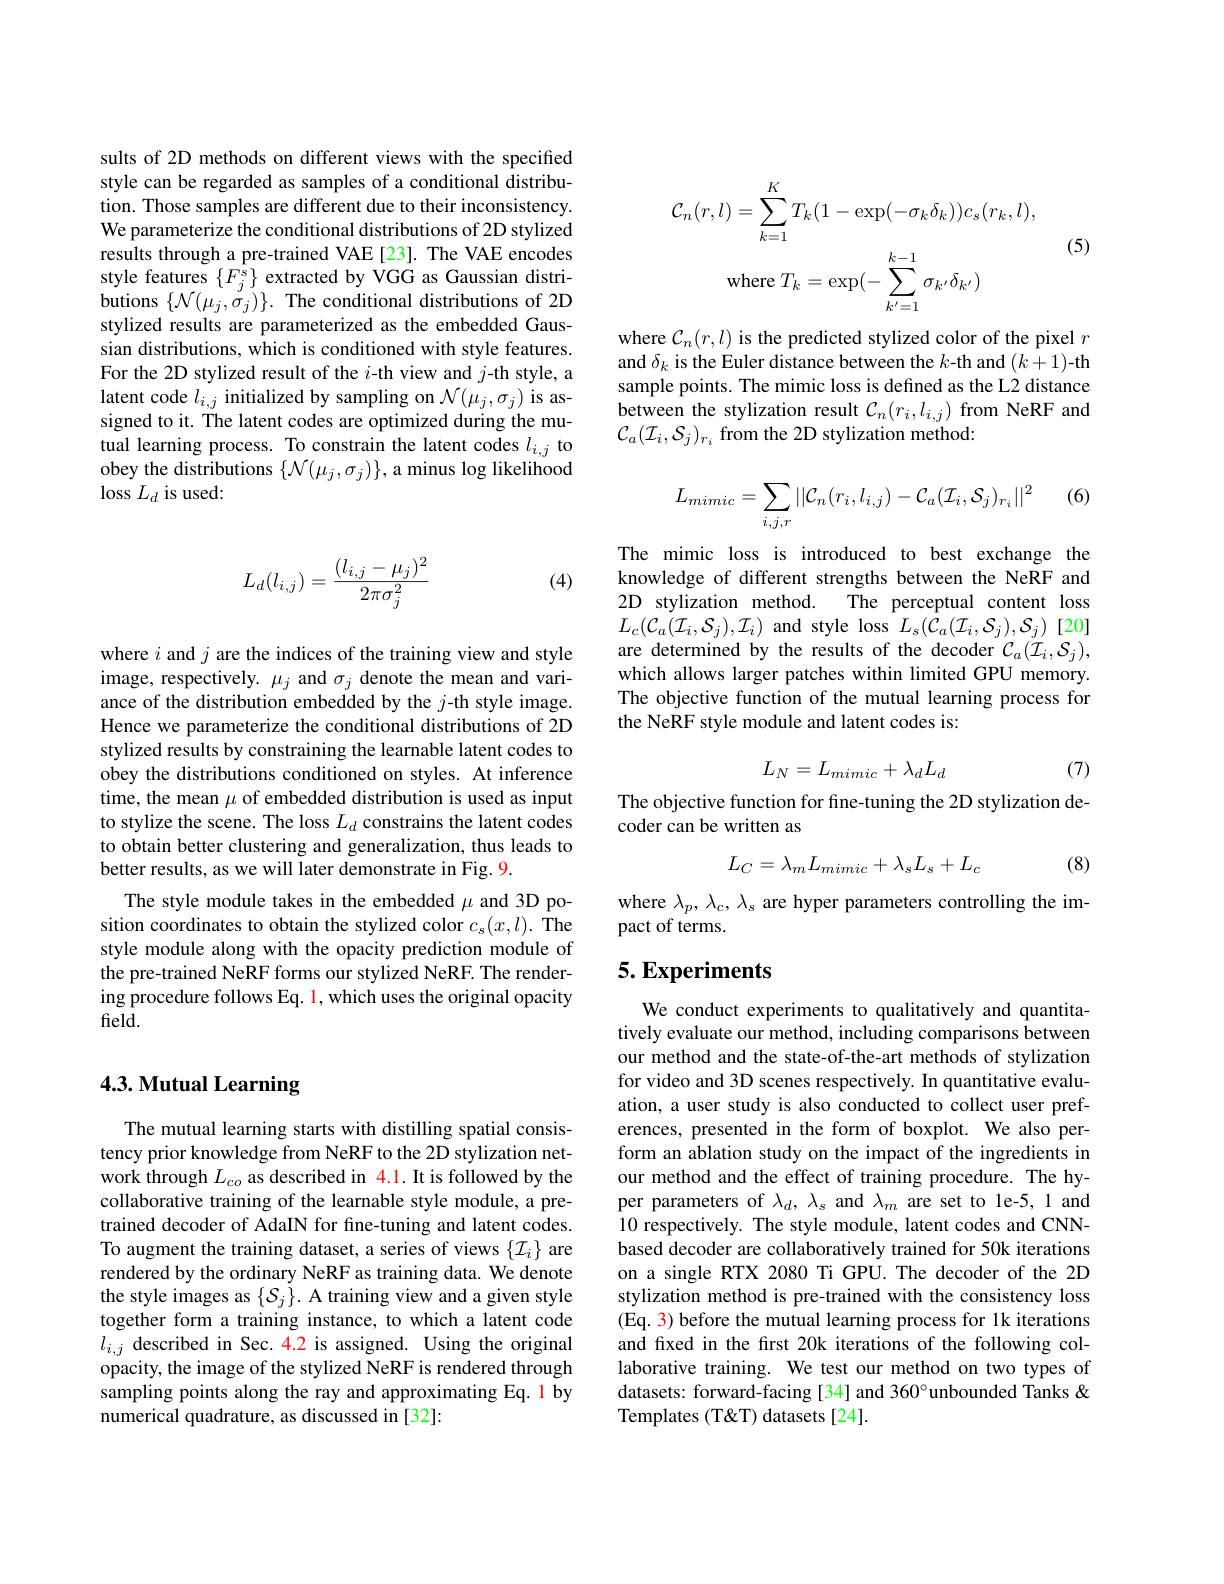
sults of 2D methods on different views with the specified style can be regarded as samples of a conditional distribution. Those samples are different due to their inconsistency. We parameterize the conditional distributions of 2D stylized results through a pre-trained VAE [23]. The VAE encodes style features $\{F_{j}^{s}\}$ extracted by VGG as Gaussian distributions $\{\mathcal{N}(\mu_{j},\dot{\sigma}_{j})\}.$ The conditional distributions of 2D stylized results are parameterized as the embedded Gaussian distributions, which is conditioned with style features. $\begin{array}{l}{\mathrm{For~the~2D~stylized~result~of~the~}i\text{-th view and }j\text{-th style, a}}\\{\mathrm{latent~code~}l_{i,j}\text{ initialized by sampling on}}{\mathcal{N}(\mu_{j},\sigma_{j})\text{ is as-}}\end{array}$ signed to it. The latent codes are optimized during the mutual learning process. To constrain the latent codes $l_i,j$ to obey the distributions $\{\mathcal{N}(\mu_j,\sigma_j)\}$, a minus log likelihood $\operatorname{loss}L_d$ is used:
$$L_d(l_{i,j})=\frac{(l_{i,j}-\mu_j)^2}{2\pi\sigma_j^2}$$
(4)

where $i$ and $j$ are the indices of the training view and style image, respectively. $\mu_j$ and $\sigma_j$ denote the mean and variance of the distribution embedded by the $j$-th style image. Hence we parameterize the conditional distributions of 2D stylized results by constraining the learnable latent codes to obey the distributions conditioned on styles. At inference time, the mean $\mu$ of embedded distribution is used as input to stylize the scene. The loss $L_d$ constrains the latent codes to obtain better clustering and generalization, thus leads to better results, as we will later demonstrate in Fig. 9.
The style module takes in the embedded $\mu$ and 3D position coordinates to obtain the stylized color $c_s(x,l).$ The style module along with the opacity prediction module of the pre-trained NeRF forms our stylized NeRF. The rendering procedure follows Eq. 1, which uses the original opacity field.

## 4.3. Mutual Learning

The mutual learning starts with distilling spatial consistency prior knowledge from NeRF to the 2D stylization network through $L_co$ as described in 4.1. It is followed by the collaborative training of the learnable style module, a pretrained decoder of AdaIN for fine-tuning and latent codes. To augment the training dataset, a series of views $\{\mathcal{I}_i\}$ are rendered by the ordinary NeRF as training data. We denote the style images as $\{\mathcal{S}_j\}.$ A training view and a given style together form a training instance, to which a latent code $l_{i,j}$ described in Sec. 4.2 is assigned. Using the original opacity, the image of the stylized NeRF is rendered through sampling points along the ray and approximating Eq. 1 by numerical quadrature, as discussed in [32]:

(5)
$$\mathcal{C}_{n}(r,l)=\sum_{k=1}^{K}T_{k}(1-\exp(-\sigma_{k}\delta_{k}))c_{s}(r_{k},l),\\\mathrm{where}\:T_{k}=\exp(-\sum_{k^{\prime}=1}^{k-1}\sigma_{k^{\prime}}\delta_{k^{\prime}})$$
where $\mathcal{C}_n(r,l)$ is the predicted stylized color of the pixel $r$ and $\delta_k$ is the Euler distance between the $k$-th and $(k+1)$-th sample points. The mimic loss is defined as the L2 distance between the stylization result $\mathcal{C}_n(r_i,l_{i,j})$ from NeRF and $\mathcal{C}_a(\mathcal{I}_i,\mathcal{S}_j)_{r_i}$ from the 2D stylization method:

(6)
$$\begin{aligned}L_{mimic}=\sum_{i,j,r}||\mathcal{C}_{n}(r_{i},l_{i,j})-\mathcal{C}_{a}(\mathcal{I}_{i},\mathcal{S}_{j})_{r_{i}}||^{2}\end{aligned}$$
The mimic loss is introduced to best exchange the knowledge of different strengths between the NeRF and 2D stylization method. The perceptual content loss $L_{c}(\mathcal{C}_{a}(\mathcal{I}_{i},\mathcal{S}_{j}),\mathcal{I}_{i})$ and style loss $L_{s}(\bar{\mathcal{C}}_{a}(\mathcal{I}_{i},\mathcal{S}_{j}),\mathcal{S}_{j})$ [20] are determined by the results of the decoder $\mathcal{C}_a(\mathcal{I}_i,\mathcal{S}_j)$, which allows larger patches within limited GPU memory. The objective function of the mutual learning process for the NeRF style module and latent codes is:
$$L_N=L_{mimic}+\lambda_dL_d$$
(7)

The objective function for fine-tuning the 2D stylization de-
coder can be written as
$$L_C=\lambda_mL_{mimic}+\lambda_sL_s+L_c$$
(8)

where $\lambda_p,\lambda_c,\lambda_s$ are hyper parameters controlling the im-
pact of terms.

## 5. Experiments

We conduct experiments to qualitatively and quantitatively evaluate our method, including comparisons between our method and the state-of-the-art methods of stylization for video and 3D scenes respectively. In quantitative evaluation, a user study is also conducted to collect user preferences, presented in the form of boxplot. We also perform an ablation study on the impact of the ingredients in our method and the effect of training procedure. The hyper parameters of $\lambda_d,\lambda_s$ and $\lambda_m$ are set to le-5,1 and 10 respectively. The style module, latent codes and CNNbased decoder are collaboratively trained for 50k iterations on a single RTX 2080 Ti GPU. The decoder of the 2D stylization method is pre-trained with the consistency loss (Eq. 3) before the mutual learning process for 1k iterations and fixed in the first 20k iterations of the following collaborative training. We test our method on two types of datasets: forward-facing [34] and 360°unbounded Tanks & Templates (T&T) datasets [24].